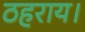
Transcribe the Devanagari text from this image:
ठहराय।